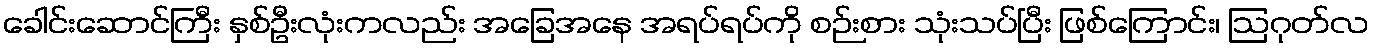
ခေါင်းဆောင်ကြီး နှစ်ဦးလုံးကလည်း အခြေအနေ အရပ်ရပ်ကို စဉ်းစား သုံးသပ်ပြီး ဖြစ်ကြောင်း၊ ဩဂုတ်လ